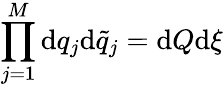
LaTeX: \prod_{j=1}^{M}\mathrm{d}q_{j}\mathrm{d}\tilde{q}_{j}=\mathrm{d}Q\mathrm{d}\xi